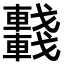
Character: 𨏖